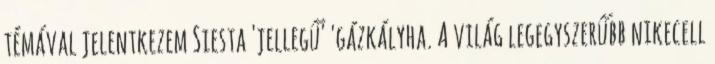
témával jelentkezem Siesta 'jellegű' 'gázkályha. A világ legegyszerűbb nikecell